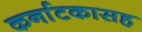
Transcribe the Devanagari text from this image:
कर्नाटकासह